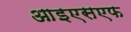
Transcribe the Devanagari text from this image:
आइएसएफ